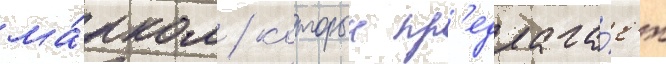
ма́рком / которыи пр'едлага́ет